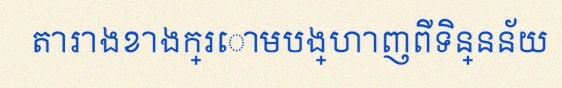
តារាងខាងក្រោមបង្ហាញពីទិន្នន័យ